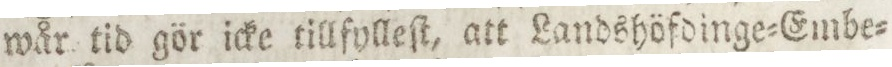
wår tid gör icke tillfylleſt, att Landshöfdinge=Embe=